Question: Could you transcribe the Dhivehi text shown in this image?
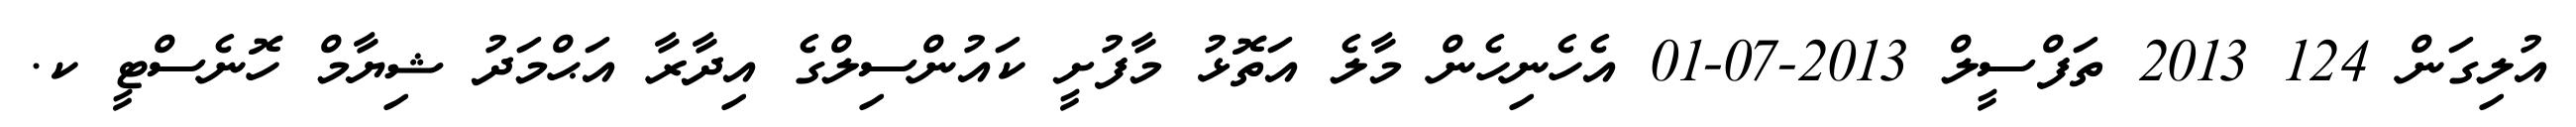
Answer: އުލިގަން 124 2013 ތަފްސީލް 2013-07-01 އެހެނިހެން މާލެ އަތޮޅު މާފުށީ ކައުންސިލްގެ އިދާރާ އަޙްމަދު ޝިޔާމް ހޮނެސްޓީ ކ.